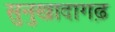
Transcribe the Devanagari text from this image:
सुनुखादागढ़